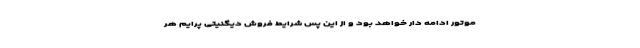
موتور ادامه دار خواهد بود و از این پس شرایط فروش دیگنیتی پرایم هر